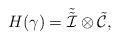
LaTeX: \begin{align*}H(\gamma) = \tilde{\tilde{{\cal I}}} \otimes\tilde{{\cal C}},\end{align*}